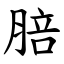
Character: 䏽